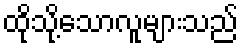
ထိုသို့သောလူများသည်